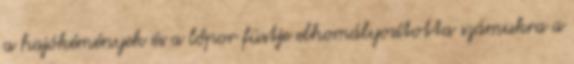
a hajókémények és a lőpor füstje elhomályosította számukra a